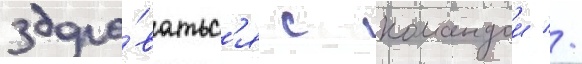
здоро́ватьс'я с командои //